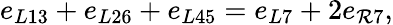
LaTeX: e_{L13}+e_{L26}+e_{L45}=e_{L7}+2e_{\mathcal{R}7},